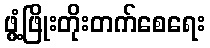
ဖွံ့ဖြိုးတိုးတက်စေရေး